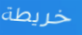
خريطة